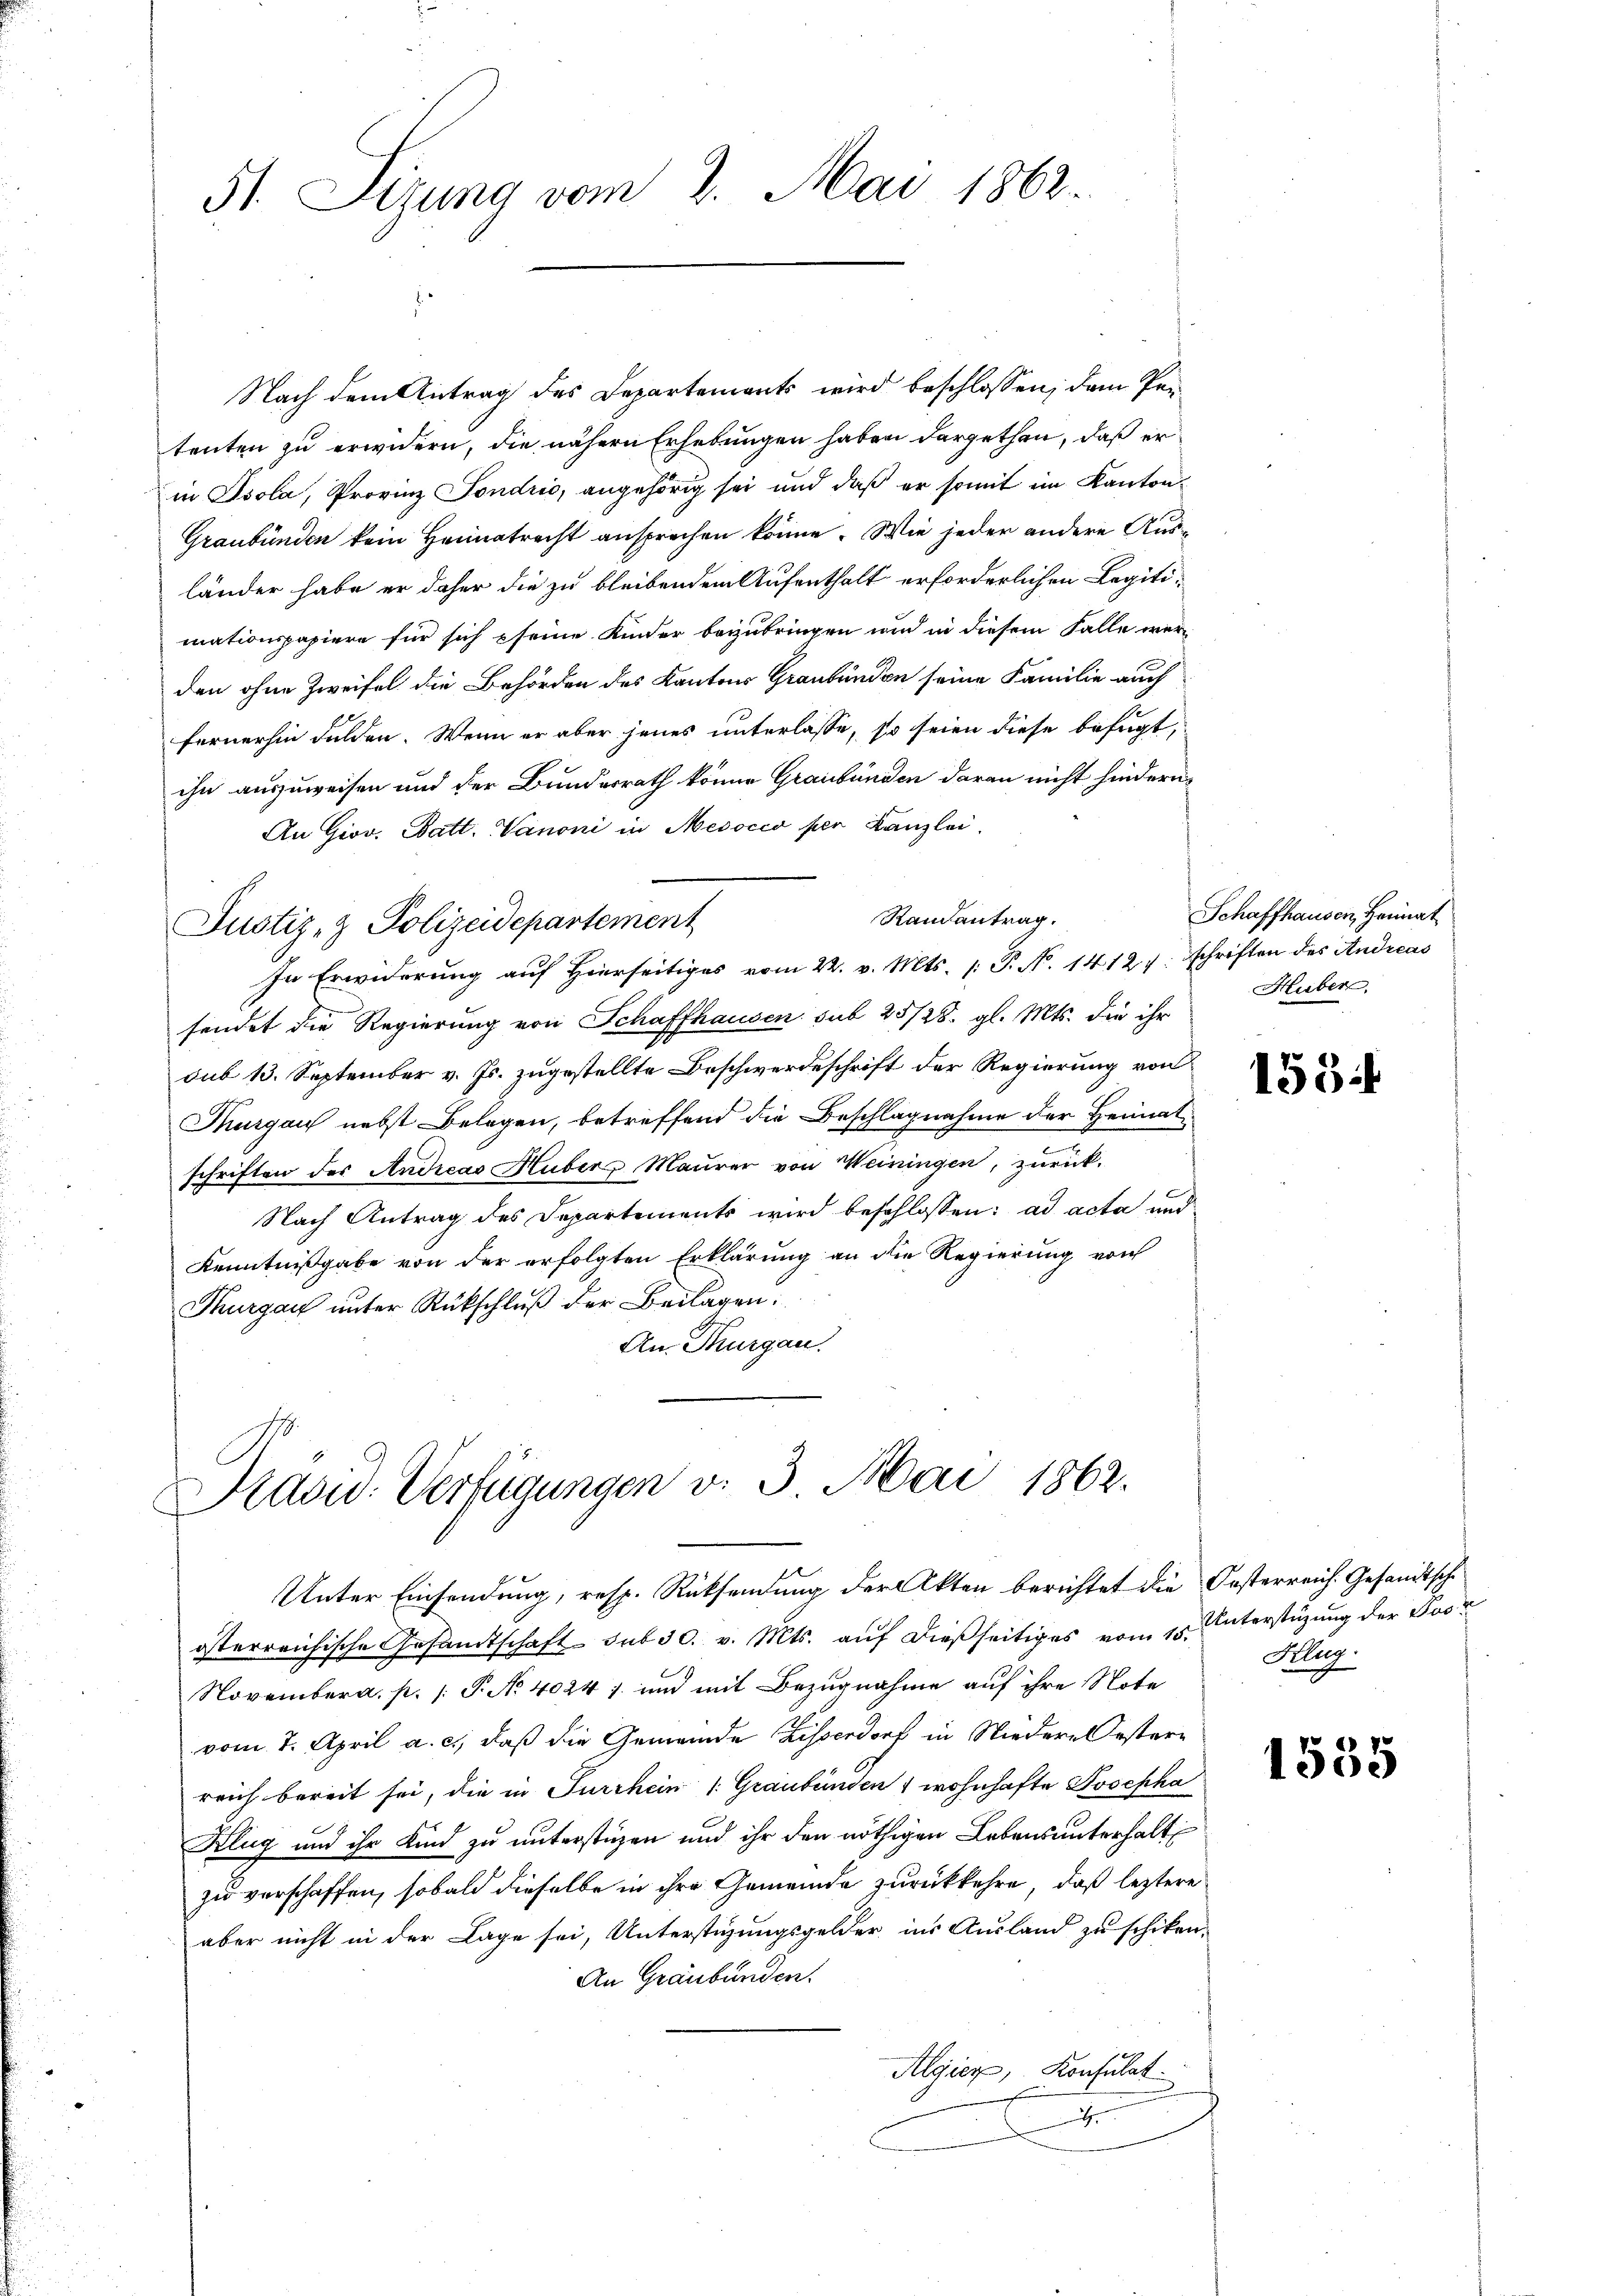
51. Sigung vom 2. Mai 1862.

Nach dem Antrag des Departements wird beschlossen; dem Petenten zu erwidern, die nähern Erhebungen haben dargethan, daß er
in Isola, Provinz Fondrio, angehörig sei und daß er somit im Kanton¬
Graubünden kein Heimatrecht ansprechen könne. Wie jeder andere Ausländer habe er daher die zu bleibendem Aufenthalt erforderlichen Legitimationspapiere für sich seine Kinder beizubringen und in diesem Falle werden ohne Zweifel die Behörden des Kantons Graubünden seine Familie auch
fernerhin dulden. Wenn er aber jenes unterlasse, so seien diese befugt,
ihn auszuweisen und der Bundesrath könne Graubünden daran nicht hindern,
An Giov. Batt. Vanoni in Mesocco per Kanzlei,
Randantrag.
Justiz- & Polizeidepartement
In Erwiderung auf Hierseitiges vom 22. v. Mts. (: P. N. 1412 f. schriften des Andreas
sendet die Regierung von Schaffhausen sub 25/28. gl. Mts. die ihr
sub 13. September v. Js. zugestellte Beschwerdeschrift der Regierung von
Thurgau nebst Belegen, betreffend die Beschlagnahme der Heimat
schriften des Andreas Huber Maurer von Weiningen, zurück¬
Nach Antrag des Departements wird beschlossen: ad acta und
Kenntnißgabe von der erfolgten Erklärung an die Regierung von
Thurgau unter Rückschluß der Beilagen:
An. Thurgau.

Präsid. Verfügungen v. 3. Mai 1862.
Unter Einsendung, resp. Rücksendung der Akten berichtet die Oesterreich. Gesandtsche

österreichische Gesandtschaft sub 30. v. Mts. aŭf dießseitiges vom 15. Unterstüzung der Pos
November a. p. /: P. No 4024 f. und mit Bezugnahme auf ihre Note
vom 7. April a. c., daß die Gemeinde Lisserdorf in Niedern Oestern
reich bereit sei, die in Furchein /: Graubünden 1 wohnhafte Josepha
Klug und ihr Kind zu unterstüzen und ihr den nöthigen Lebensunterhalt
zu verschaffen, sobald dieselbe in ihre Gemeinde zurückkehre, daß leztere
aber nicht in der Lage sei, Unterstigungsgelder ins Ausland zu schiken-
An Graubünden.
Algier, Konsulat
e

Schaffhausen, Heimat
Huber.

155

Klug.

1535